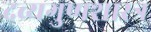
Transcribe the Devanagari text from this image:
द्रव्यगुणशास्त्र